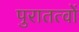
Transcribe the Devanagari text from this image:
पुरातत्वों